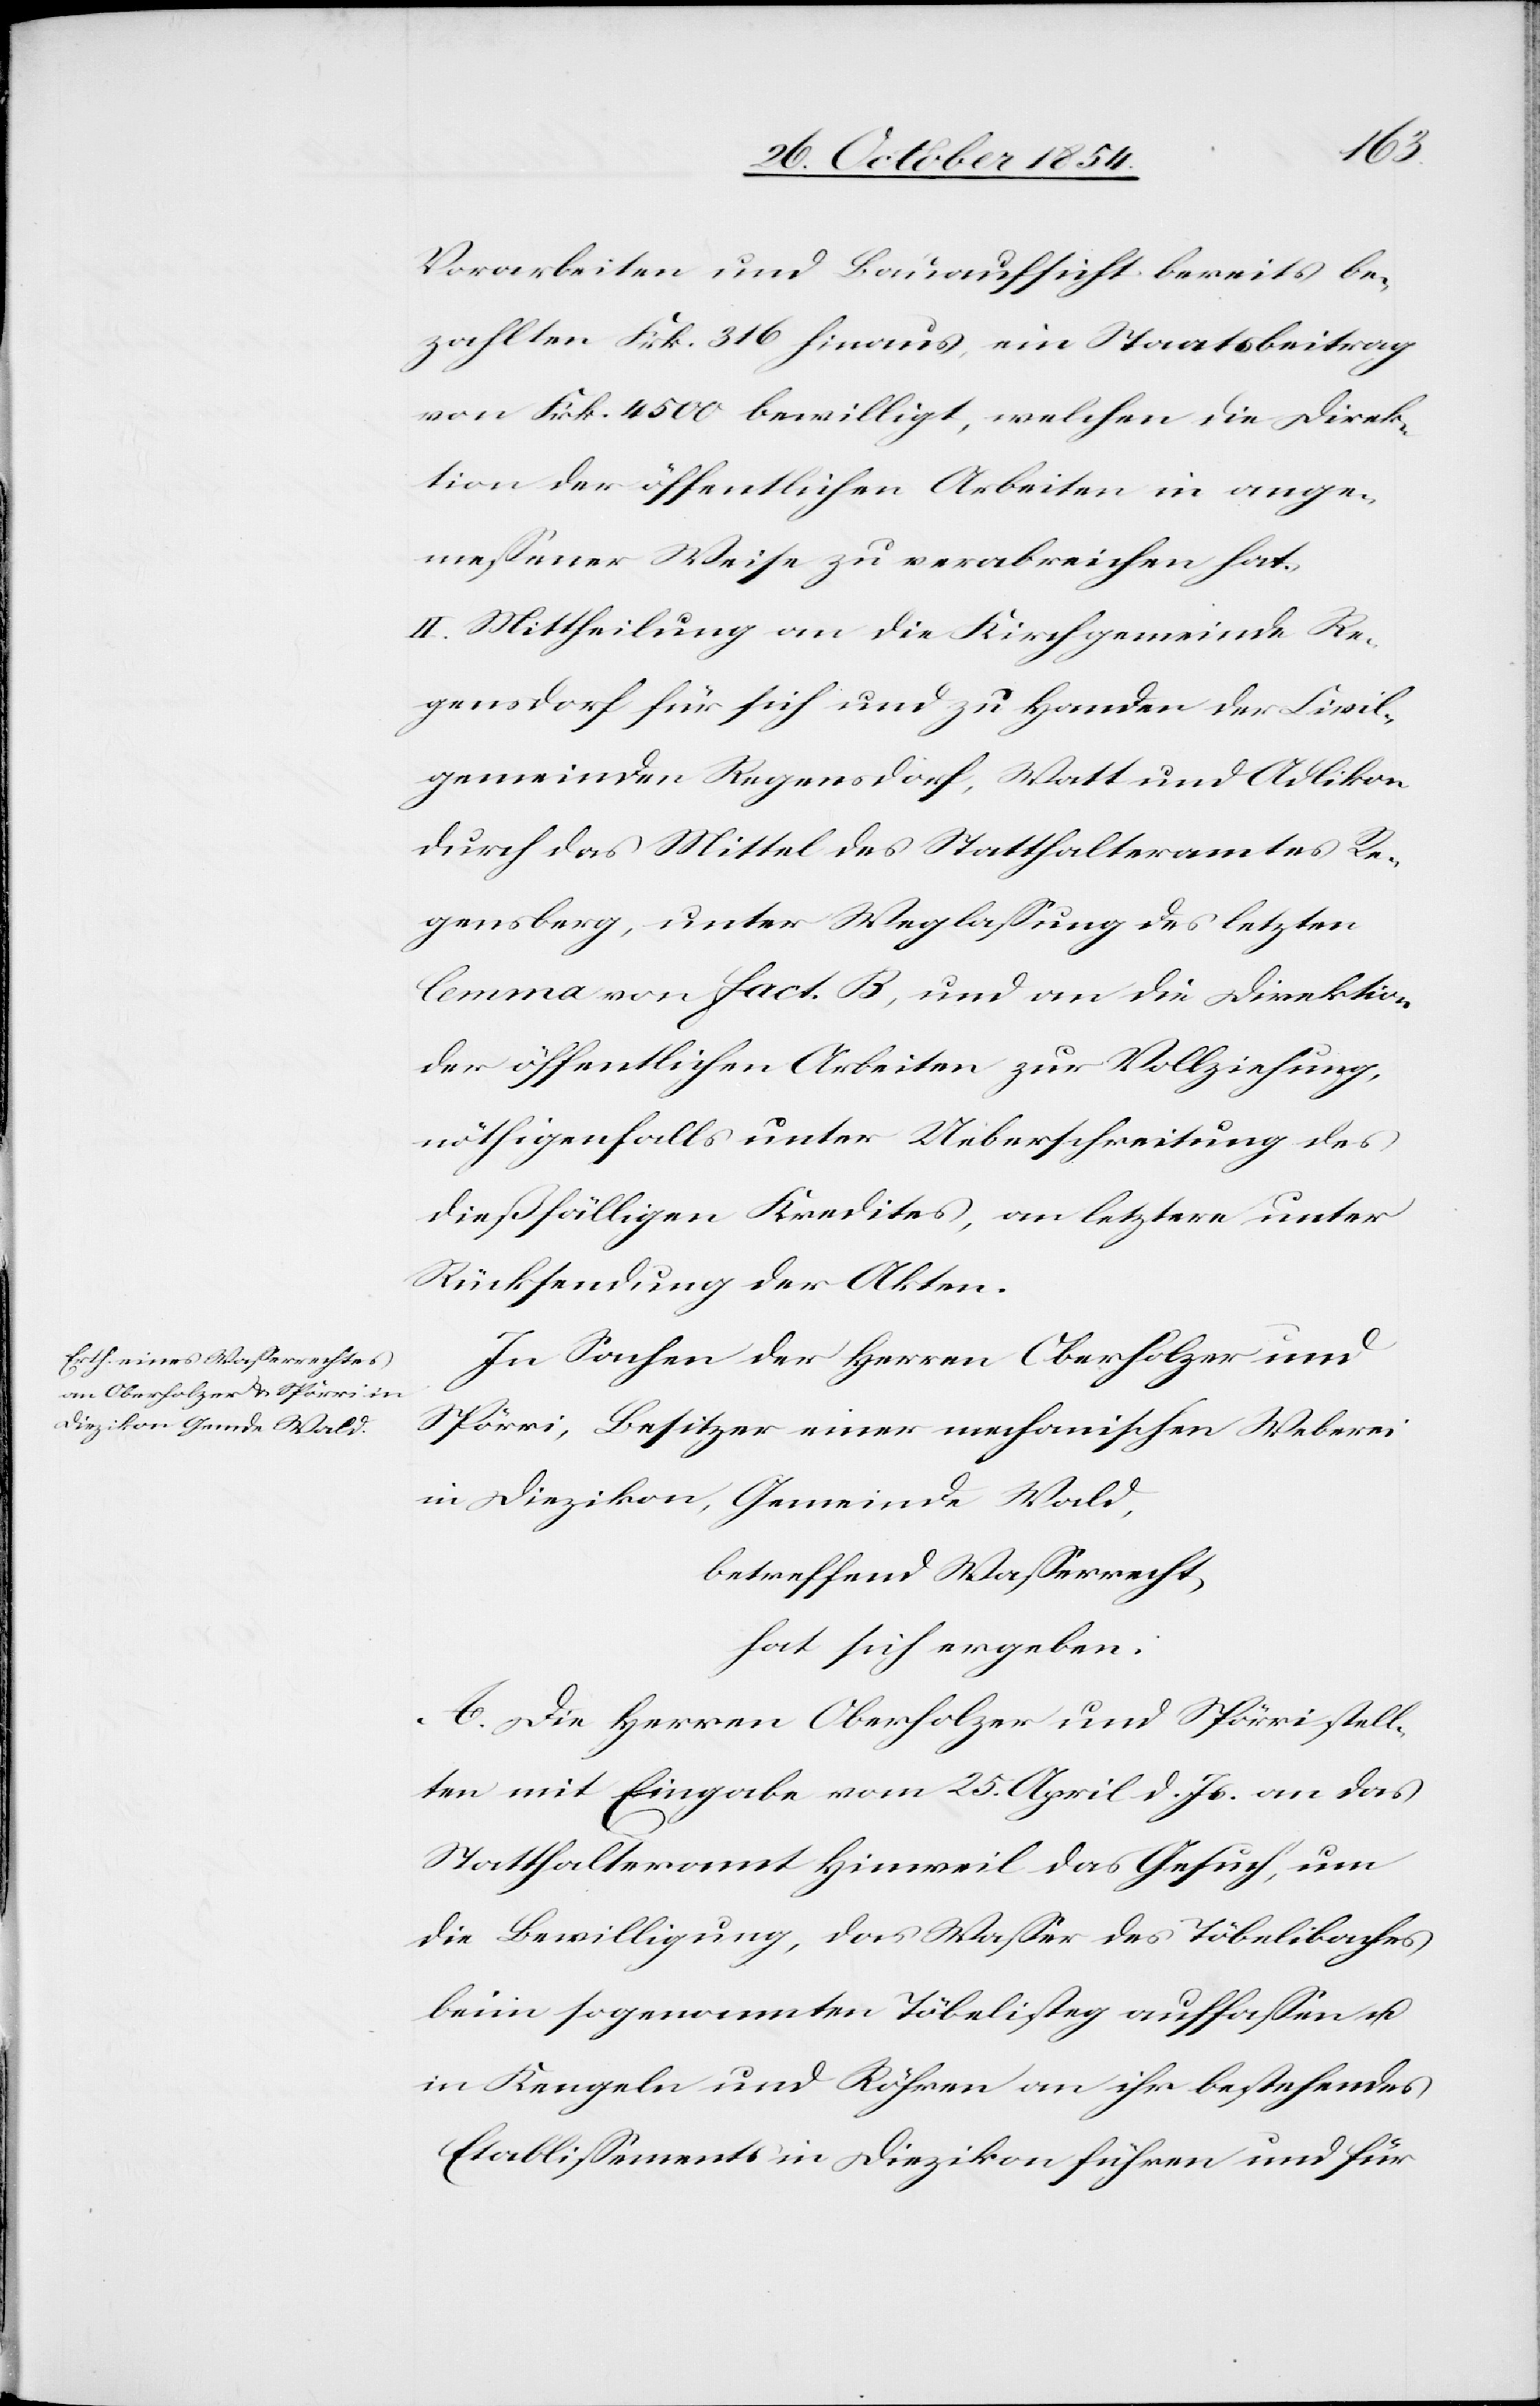
Vorarbeiten und Bauaufsicht bereits be¬
zahlten Frk. 316 hinaus, ein Staatsbeitrag
von Frk. 4500 bewilligt, welchen die Direk¬
tion der öffentlichen Arbeiten in ange¬
meßener Weise zu verabreichen hat.
II. Mittheilung an die Kirchgemeinde Re¬
gensdorf für sich und zu Handen der Civil¬
gemeinden Regensdorf, Watt und Adlikon
durch das Mittel des Statthalteramtes Re¬
gensberg, unter Weglaßung des letzten
lemma von Fact. B, und an die Direktion
der öffentlichen Arbeiten zur Vollziehung,
dießfälligen Kredites, an letztere unter
Rücksendung der Akten.
In Sachen der Herren Oberholzer und
Spörri, Besitzer einer mechanischen Weberei
in Diezikon, Gemeinde Wald,
betreffend Waßerrecht,
hat sich ergeben:
A. Die Herren Oberholzer und Spörri stell¬
ten mit Eingabe vom 25. April d. Js. an das
Statthalteramt Hinweil das Gesuch, um
die Bewilligung, das Waßer des Töbelibaches
beim sogenannten Töbelisteg auffaßen u.
in Kengeln und Röhren an ihr bestehendes
Etablißements in Diezikon führen und für